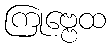
ကြုဗ္ဗေထ